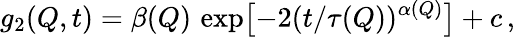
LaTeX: g_{2}(Q,t)=\beta(Q)\, \exp\bigl[-2(t/\tau(Q))^{\alpha(Q)}\bigr]+c\, ,